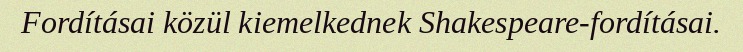
Fordításai közül kiemelkednek Shakespeare-fordításai.